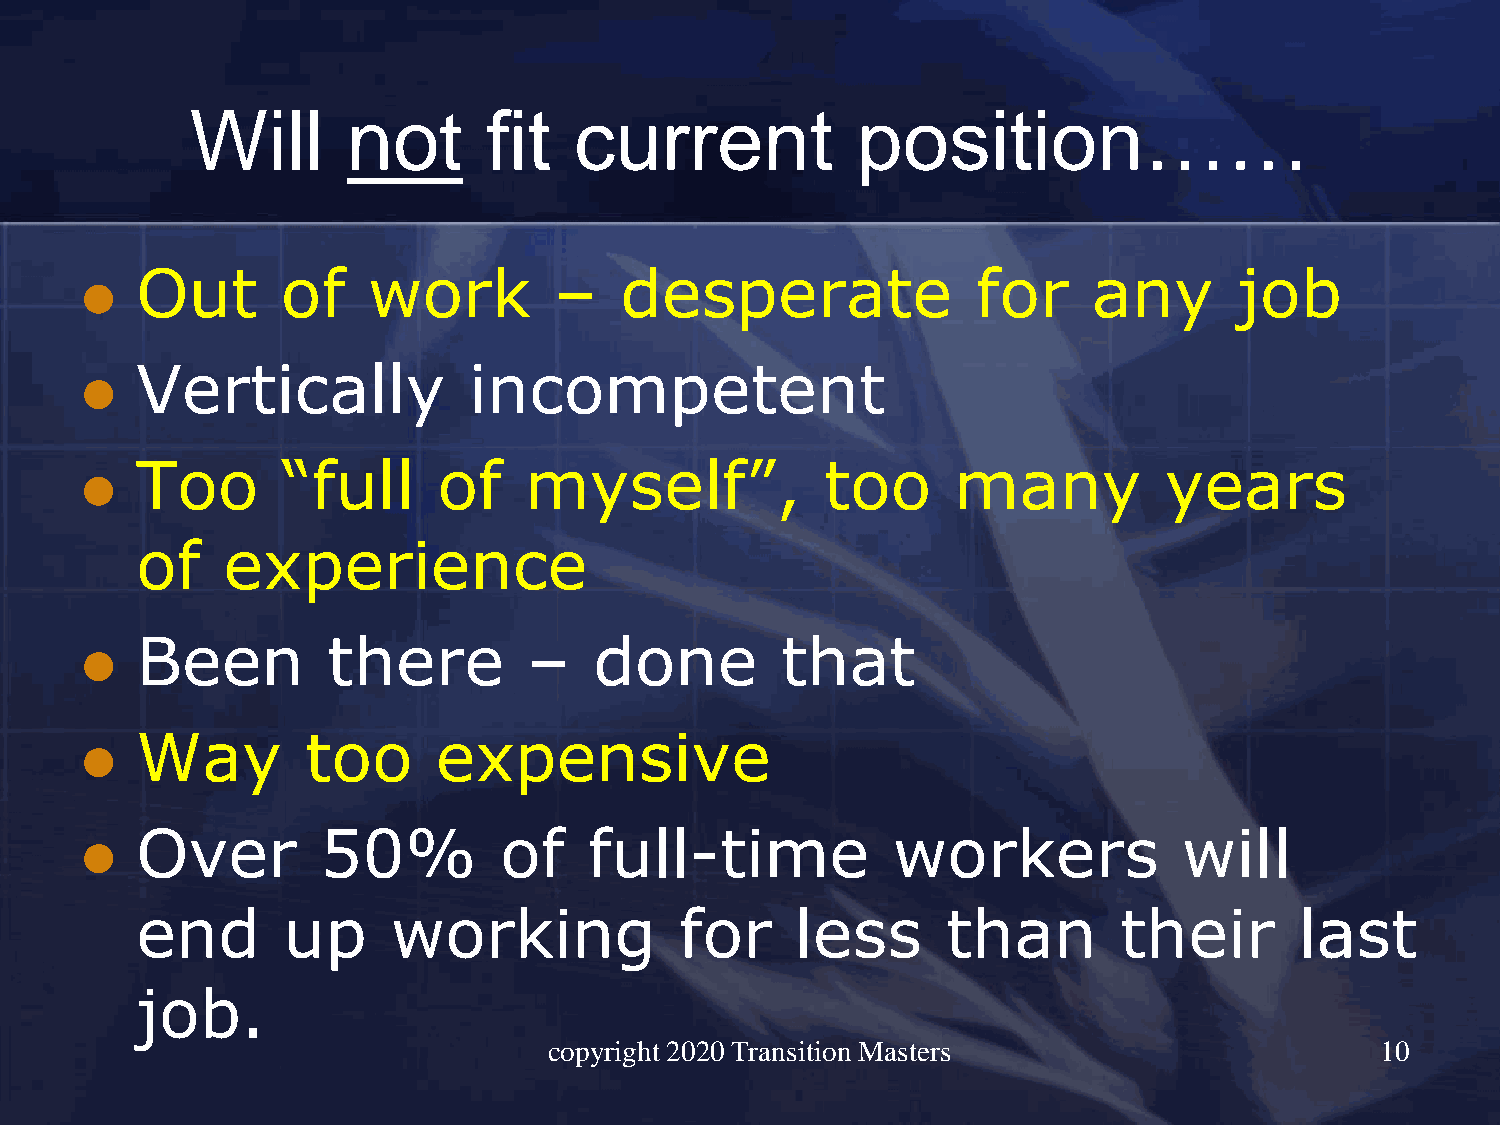
Will      not      fit   current            position……
 Out       of   work         –   desperate               for    any       job
 ⚫
 Vertically            incompetent
 ⚫
 Too       “full     of    myself”,            too     many          years
 ⚫
 of    experience
 Been         there        –   done         that
 ⚫
 Way        too      expensive
 ⚫
 Over        50%         of    full-time           workers            will
 ⚫
 end       up     working            for     less      than       their       last
 job.
 copyright 2020 Transition Masters                      10